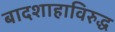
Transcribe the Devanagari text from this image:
बादशाहाविरुद्ध